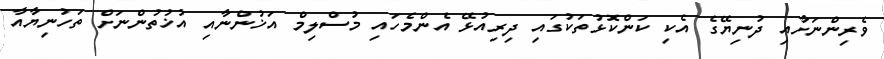
ވެރިންނަށާއި ދުނިޔޭގެ އެކި ކަންކޮޅުތަކުގައި ދިރިއުޅޭ އެންމެހައި މުސްލިމް އަޚުންނާއި އުޚުތުންނަށް ތަހުނިޔާއާ